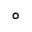
^ { \circ }